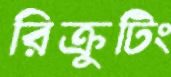
রিক্রুটিং